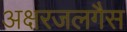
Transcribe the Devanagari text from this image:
अक्षरजलगैस